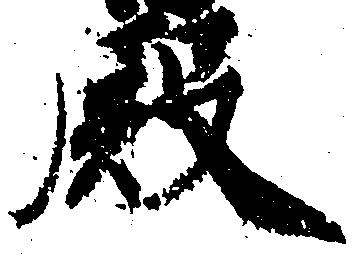
殿